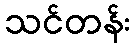
သင်တန်း